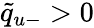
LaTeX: \tilde{q}_{u-}>0